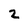
Character: 2